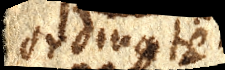
ordinate